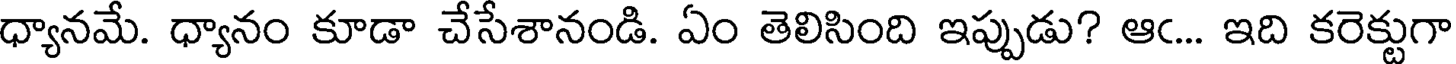
ధ్యానమే. ధ్యానం కూడా చేసేశానండి. ఏం తెలిసింది ఇప్పుడు? ఆఁ... ఇది కరెక్టుగా